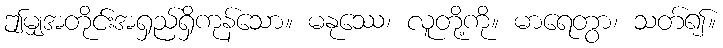
ဤမျှအတိုင်းအရှည်ရှိကုန်သော။ မနုဿေ၊ လူတို့ကို။ မာရေတွာ၊ သတ်၍။